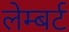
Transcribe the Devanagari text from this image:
लेम्‍बर्ट